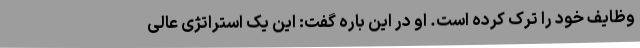
وظایف خود را ترک کرده است. او در این باره گفت: این یک استراتژی عالی